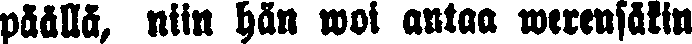
päällä, niin hän woi antaa werensäkin